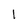
Character: l